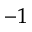
^ { - 1 }